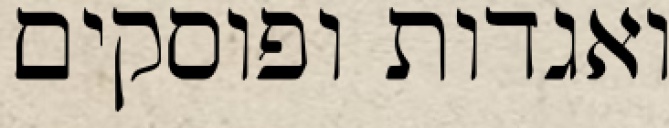
ואגדות ופוסקים